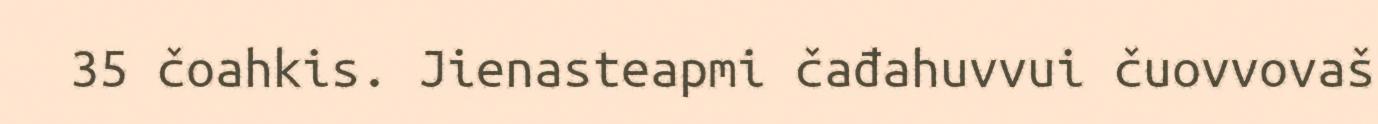
35 čoahkis. Jienasteapmi čađahuvvui čuovvovaš